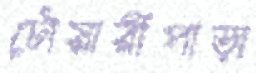
চৌয়ারীপাড়া